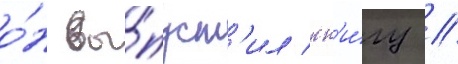
о́н вы́пуст'ил кн'и́гу /